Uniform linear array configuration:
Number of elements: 16
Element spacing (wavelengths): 0.5
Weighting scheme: hann
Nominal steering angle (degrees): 30
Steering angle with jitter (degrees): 28.66
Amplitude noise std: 0.05
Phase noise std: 0.05

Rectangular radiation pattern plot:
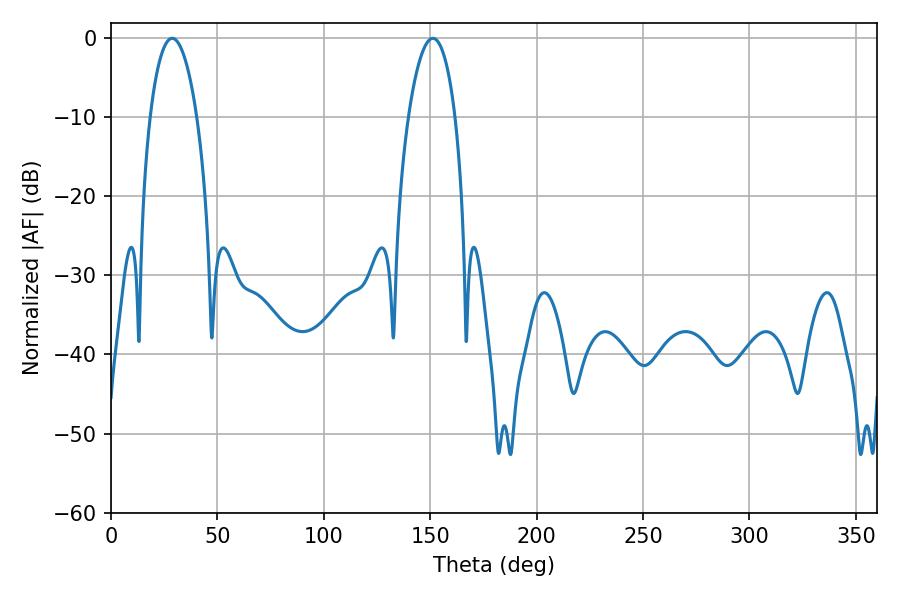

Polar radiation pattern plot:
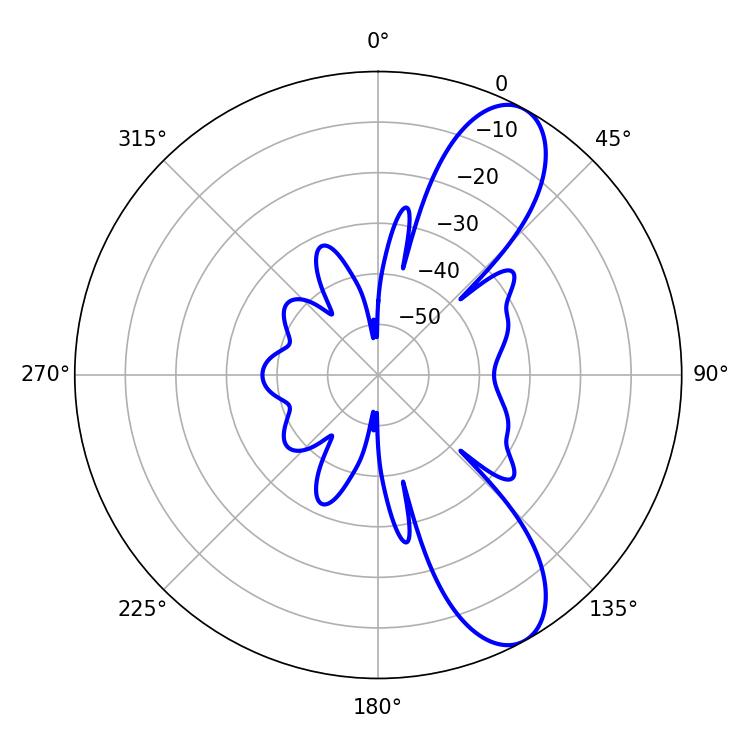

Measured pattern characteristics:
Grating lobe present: FALSE
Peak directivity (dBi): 9.561
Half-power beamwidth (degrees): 12.24
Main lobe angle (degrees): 28.8